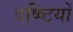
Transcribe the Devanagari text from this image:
दष्ष्टियों